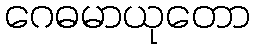
ဂေဓမာယုတော